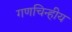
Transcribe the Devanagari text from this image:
गणचिन्हीय